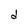
Character: d